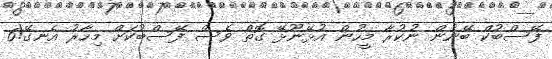
ފޭސްބުކް ބޭނުން ނުކުރާ މީހުން އުޅޭނޫޅޭ ގޮތް ވެސް ފޭސްބުކަށް މިހާރު އެނގޭ!6